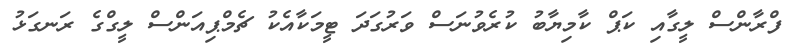
ފްރާންސް ލީގާއި ކަޕް ކާމިޔާބު ކުރެވުނަސް ވަރުގަދަ ޓީމަކާއެކު ޗެމްޕިއަންސް ލީގްގެ ރަނގަޅު